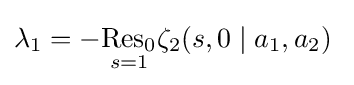
\lambda _{1}=-{\underset {s=1}{\operatorname {Res} _{0}}}\zeta _{2}(s,0\mid a_{1},a_{2})\